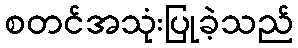
စတင်အသုံးပြုခဲ့သည်